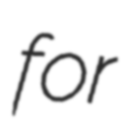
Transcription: for